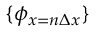
\{ \phi _ { x = n \Delta x } \}